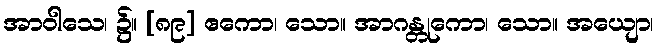
အာဝါသေ၊ ၌။ [၈၉] ဧကော၊ သော။ အာဂန္တုကော၊ သော။ အယျော၊